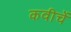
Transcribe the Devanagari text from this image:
कवीचें